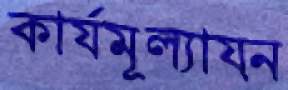
কার্যমূল্যায়ন